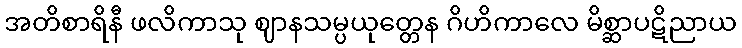
အတိစာရိနီ ဖလိကာသု ဈာနသမ္ပယုတ္တေန ဂိဟိကာလေ မိစ္ဆာပဋိညာယ